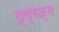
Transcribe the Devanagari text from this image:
द्र्द्य्ज्ग